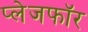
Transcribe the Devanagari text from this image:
प्लेजफॉर